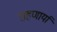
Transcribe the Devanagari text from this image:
राहणार्या